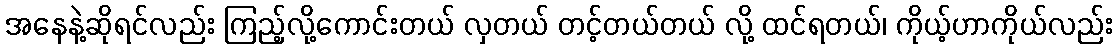
အနေနဲ့ဆိုရင်လည်း ကြည့်လို့ကောင်းတယ် လှတယ် တင့်တယ်တယ် လို့ ထင်ရတယ်၊ ကိုယ့်ဟာကိုယ်လည်း